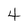
Character: 4